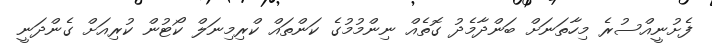
ފެށުނީއްސުރެ މިހާތަނަށް ބަންދާމެދު ގޮތެއް ނިންމުމުގެ ކަންތައް ކްރިމިނަލް ކޯޓުން ކުރިއަށް ގެންދަނީ